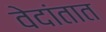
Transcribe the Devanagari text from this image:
वेदांतात